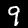
Label: 9